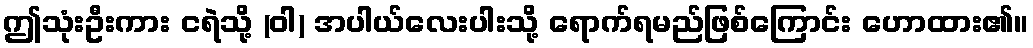
ဤသုံးဦးကား ငရဲသို့ (ဝါ) အပါယ်လေးပါးသို့ ရောက်ရမည်ဖြစ်ကြောင်း ဟောထား၏။